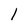
Character: l